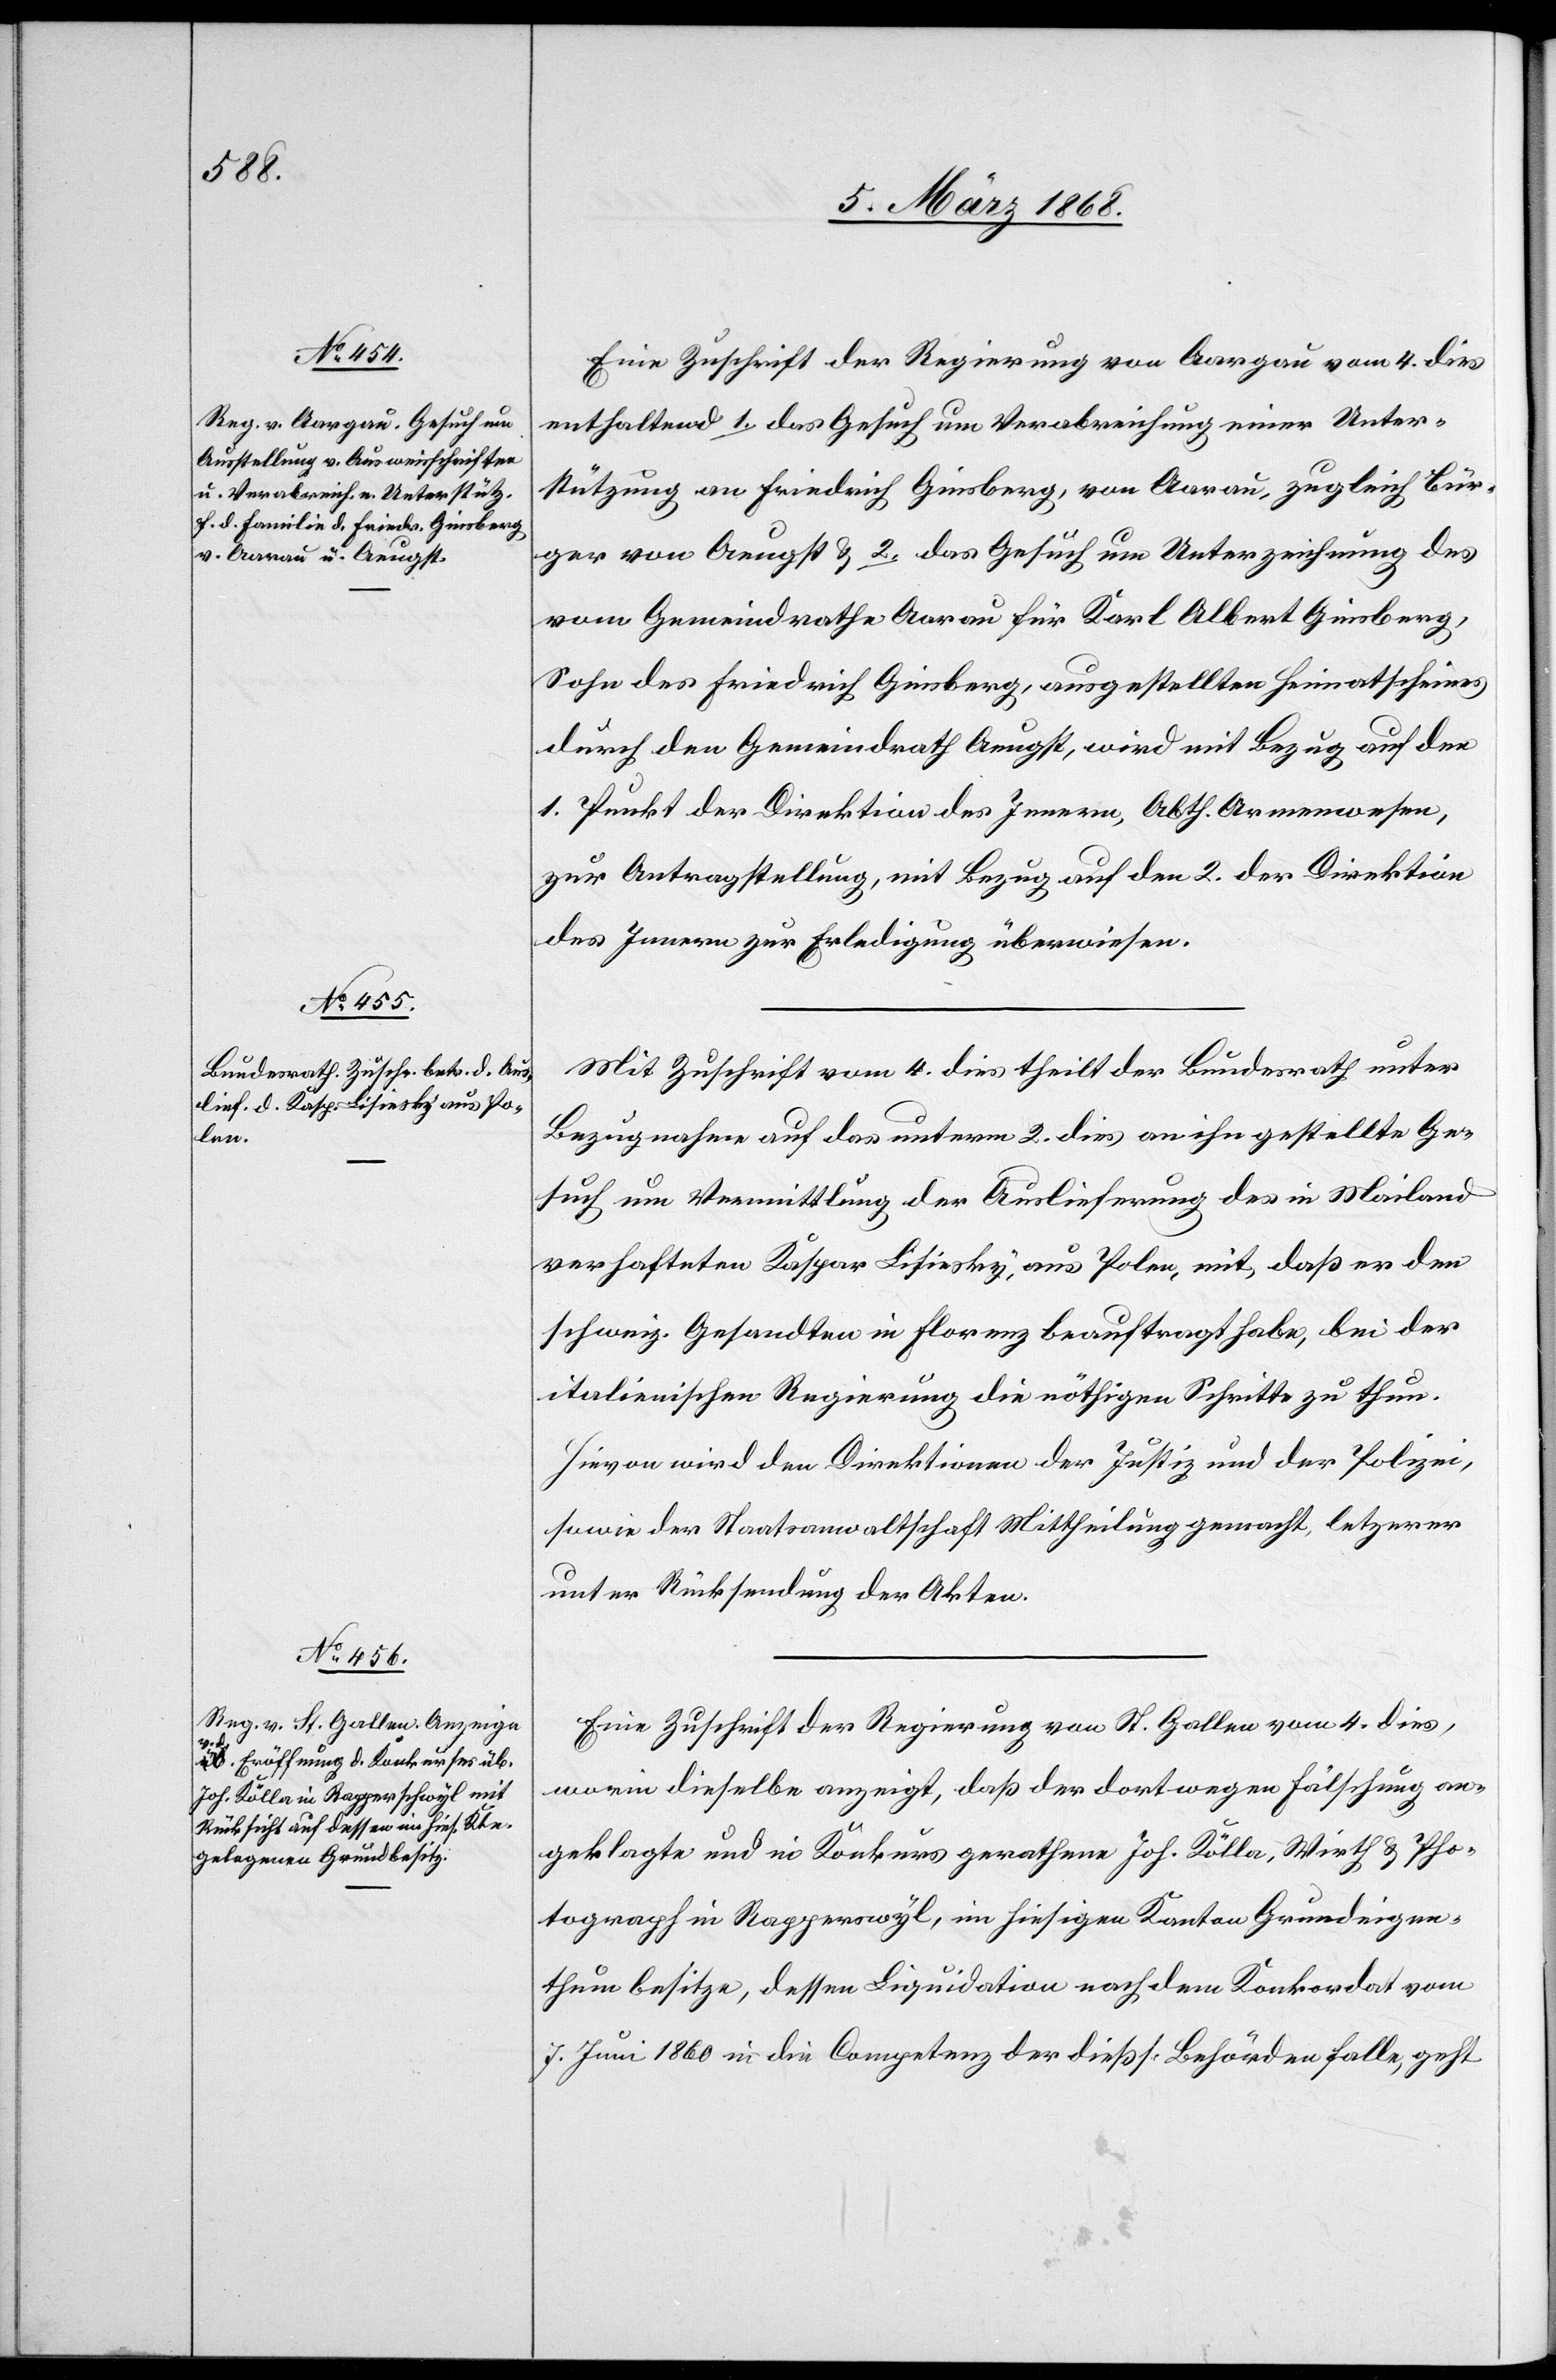
6. März 1868.]
Eine Zuschrift der Regierung von Aargau vom 4. dies
enthaltend 1. das Gesuch um Verabreichung einer Unter¬
stützung an Friedrich Ginsberg, von Aarau, zugleich Bür¬
ger von Aeugst & 2. das Gesuch um Unterzeichnung des
vom Gemeindrathe Aarau für Karl Albert Ginsberg,
Sohn des Friedrich Ginsberg, ausgestellten Heimatscheines
durch den Gemeindrath Aeugst, wird mit Bezug auf den
1. Punkt der Direktion des Innern, Abth. Armenwesen,
zur Antragstellung, mit Bezug auf den 2. der Direktion
des Innern zur Erledigung überwiesen.
Mit Zuschrift vom 4. dies theilt der Bundesrath unter
Bezugnahme auf das unterm 2. dies an ihn gestellte Ge¬
such um Vermittlung der Auslieferung des in Mailand
verhafteten Kaspar Lisiesky, aus Polen, mit, daß er den
schweiz. Gesandten in Florenz beauftragt habe, bei der
italienischen Regierung die nöthigen Schritte zu thun.
Hievon wird den Direktionen der Justiz und der Polizei,
sowie der Staatsanwaltschaft Mittheilung gemacht, letz[t]erer
unter Rücksendung der Akten.
Eine Zuschrift der Regierung von St. Gallen vom 4. dies,
worin dieselbe anzeigt, daß der dort wegen Fälschung an¬
geklagte und in Konkurs gerathene Joh. Kölla, Wirth & Pho¬
tograph in Rapperswyl, im hiesigen Kanton Grundeigen¬
thum besitze, dessen Liquidation nach dem Konkordat vom
7. Juni 1860 in die Competenz der dießs. Behörden falle, geht